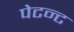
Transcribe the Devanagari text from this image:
पेटन्ट